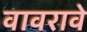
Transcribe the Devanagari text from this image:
वावरावे